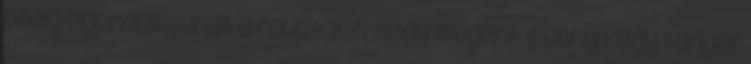
pedig elgondolkodhat a ravatalon, hogy megért-e ennyit egy tányér